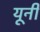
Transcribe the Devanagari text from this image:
यूनी